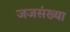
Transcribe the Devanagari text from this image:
जजसंख्या